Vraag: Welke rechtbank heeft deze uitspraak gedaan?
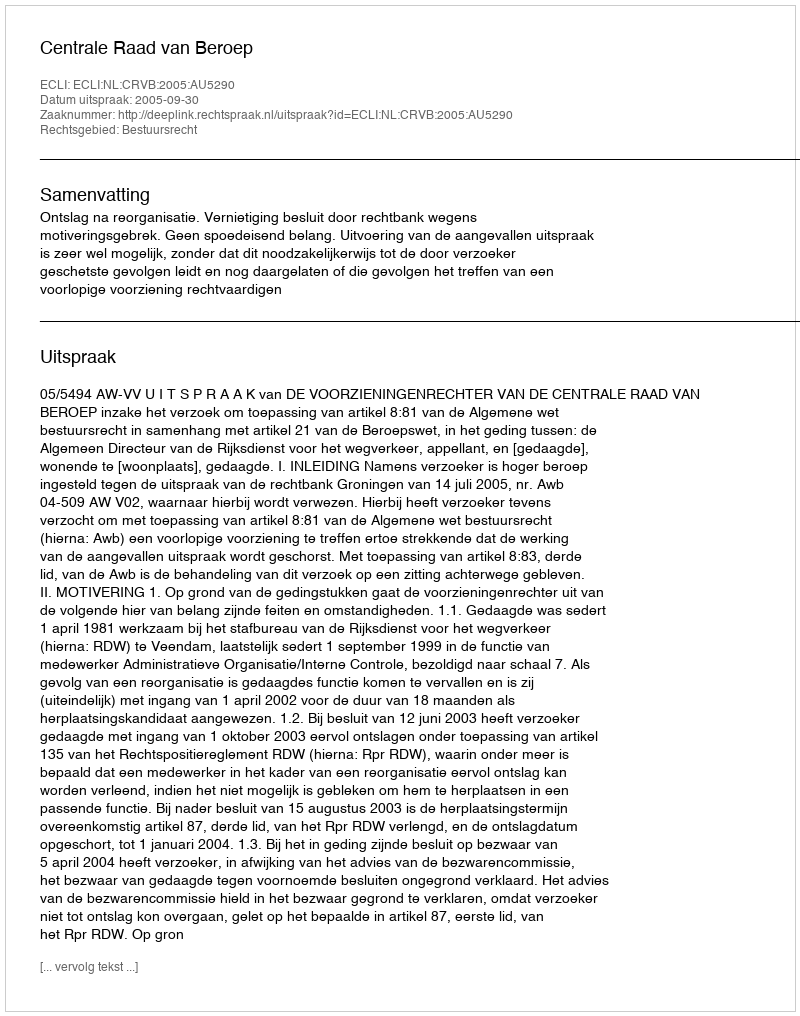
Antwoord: Centrale Raad van Beroep